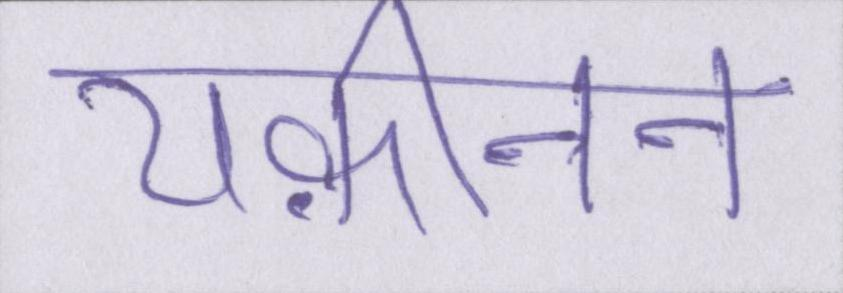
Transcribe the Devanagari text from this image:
यक़ीनन